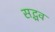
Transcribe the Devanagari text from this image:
सद्भव